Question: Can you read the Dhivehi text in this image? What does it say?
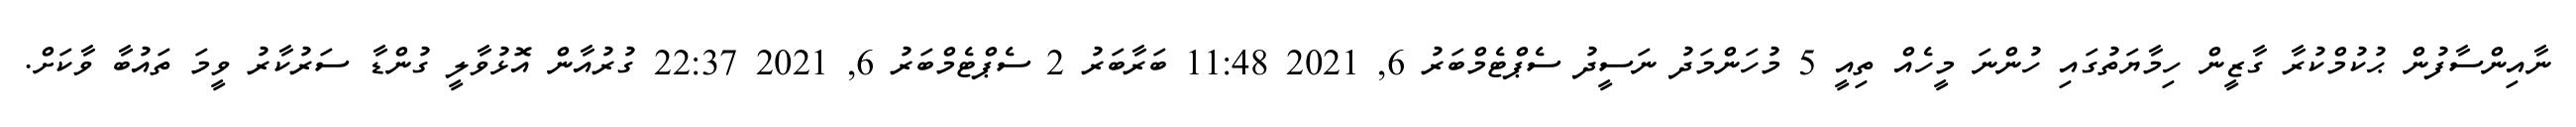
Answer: ނާއިންސާފުން ޙުކުމްކުރާ ގާޒީން ހިމާޔަތުގައި ހުންނަ މީހެއް ތިއީ 5 މުހަންމަދު ނަސީދު ސެޕްޓެމްބަރު 6, 2021 11:48 ބަރާބަރު 2 ސެޕްޓެމްބަރު 6, 2021 22:37 ގުރުއާން އޮޅުވާލީ ގުންޑާ ސަރުކާރު ވީމަ ތައުބާ ވާކަށް.